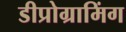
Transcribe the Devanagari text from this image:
डीप्रोग्रामिंग